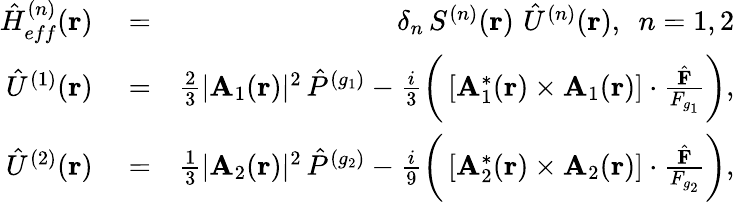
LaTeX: \begin{array}{rlr}{{\hat{H}}_{eff}^{(n)}({\mathbf r})}&{{}=}&{\delta_{n}\, S^{(n)}({\mathbf r})\, \, {\hat{U}}^{(n)}({\mathbf r}),\, \, \, n=1,2}\\ {{\hat{U}}^{(1)}({\mathbf r})}&{{}=}&{\frac{2}{3}|{\mathbf A}_{1}({\mathbf r})|^{2}\, {\hat{P}}^{(g_{1})}-\frac{i}{3}\bigg(\left[{\mathbf A}_{1}^{*}({\mathbf r})\times{\mathbf A}_{1}({\mathbf r})\right]\cdot\frac{\hat{\mathbf F}}{F_{g_{1}}}\bigg),}\\ {{\hat{U}}^{(2)}({\mathbf r})}&{{}=}&{\frac{1}{3}|{\mathbf A}_{2}({\mathbf r})|^{2}\, {\hat{P}}^{(g_{2})}-\frac{i}{9}\bigg(\left[{\mathbf A}_{2}^{*}({\mathbf r})\times{\mathbf A}_{2}({\mathbf r})\right]\cdot\frac{{\hat{\mathbf F}}}{F_{g_{2}}}\bigg),}\end{array}